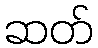
ဆတ်